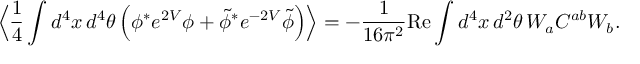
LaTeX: \Big \langle \frac { 1 } { 4 } \int d ^ { 4 } x \, d ^ { 4 } \theta \, \Big ( \phi ^ { * } e ^ { 2 V } \phi + \tilde { \phi } ^ { * } e ^ { - 2 V } \tilde { \phi } \Big ) \Big \rangle = - \frac { 1 } { 1 6 \pi ^ { 2 } } \mathrm { R e } \int d ^ { 4 } x \, d ^ { 2 } \theta \, W _ { a } C ^ { a b } W _ { b } .